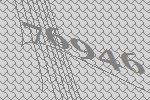
76946